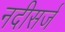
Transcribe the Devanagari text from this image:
नदीसर्ज